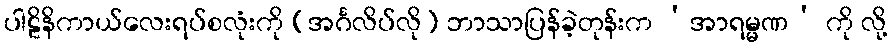
ပါဠိနိကာယ်လေးရပ်စလုံးကို (အင်္ဂလိပ်လို) ဘာသာပြန်ခဲ့တုန်းက ‘အာရမ္မဏ’ ကို လို့